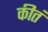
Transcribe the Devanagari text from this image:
कीतं